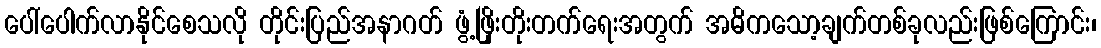
ပေါ်ပေါက်လာနိုင်စေသလို တိုင်းပြည်အနာဂတ် ဖွံ့ဖြိုးတိုးတက်ရေးအတွက် အဓိကသော့ချက်တစ်ခုလည်းဖြစ်ကြောင်း၊